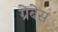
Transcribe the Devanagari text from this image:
ग्रेबेस